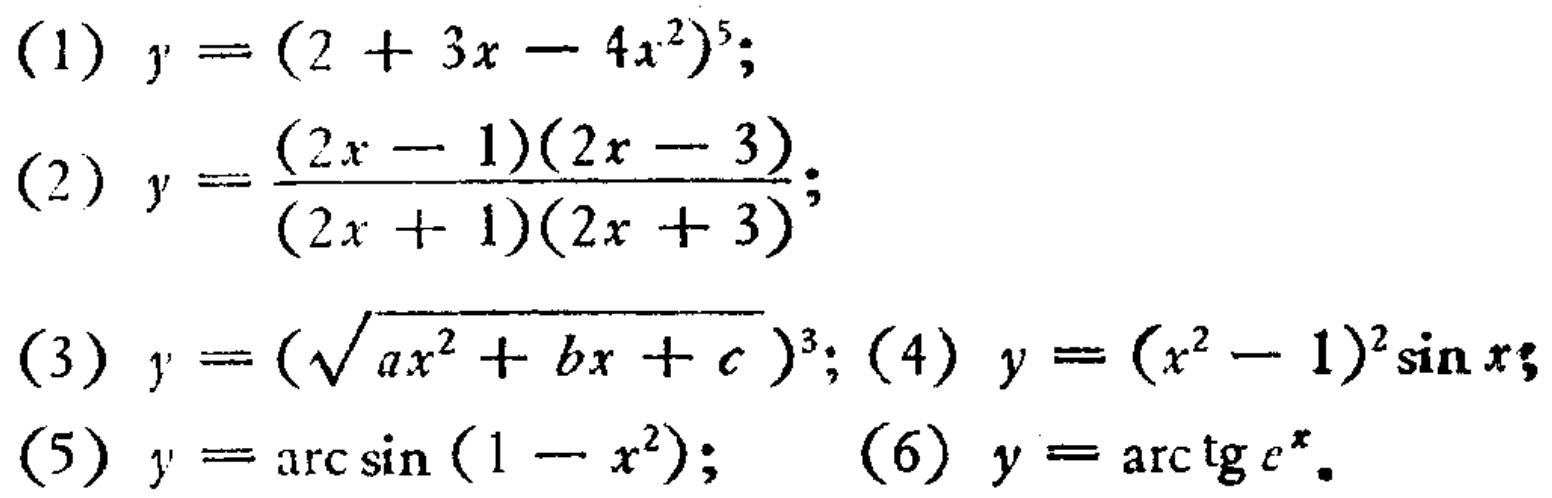
(1) \(y=(2 + 3x - 4x^{2})^{5}\);
(2) \(y=\frac{(2x - 1)(2x - 3)}{(2x + 1)(2x + 3)}\);
(3) \(y=(\sqrt{ax^{2}+bx + c})^{3}\); (4) \(y=(x^{2}-1)^{2}\sin x\);
(5) \(y=\arcsin(1 - x^{2})\); (6) \(y=\arctan e^{x}\)